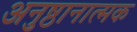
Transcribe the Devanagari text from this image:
अनुष्ठानात्मक